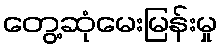
တွေ့ဆုံမေးမြန်းမှု